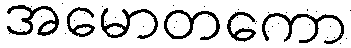
အမောတကော